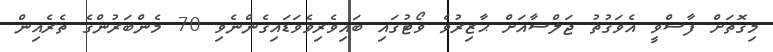
މިގޮތަށް ފާސްވީ އެވަގުތު ޖަލްސާއަށް ޙާޒިރުވެ ވޯޓުގައި ބައިވެރިވެވަޑައިގެންނެވި 70 މެންބަރުންގެ ތެރެއިން